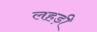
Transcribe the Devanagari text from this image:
लहड़ी